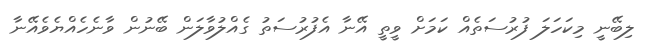
ލިބޭނީ މިކަހަލަ ފުރުސަތެއް ކަމަށް ވީތީ އޭނާ އެފުރުސަތު ގެއްލުވާލަން ބޭނުން ވާނެހެއްޔެވެއޭނާ